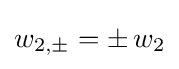
w_{2,\pm }=\pm \,w_{2}